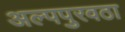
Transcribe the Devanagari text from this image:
अल्पपुरवठा